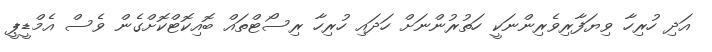
އަދި ހުރިހާ ވިޔަފާރިވެރިންނަކީ ހަތުރުންނަށް ހަދައި ހުރިހާ ރިސޯޓްތައް ބޮއިކޮޓްކޮށްގެން ވެސް އެމްޑީޕީ